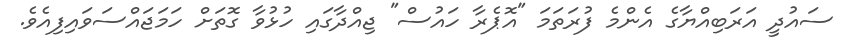
ސައުދީ އަރަބިއްޔާގެ އެންމެ ފުރަތަމަ "އޮޕެރާ ހައުސް" ޖިއްދާގައި ހުޅުވާ ގޮތަށް ހަމަޖައްސަވައިފިއެވެ.